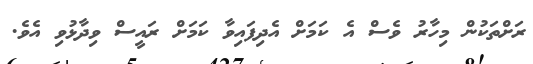
ރަށްތަކުން މިހާރު ވެސް އެ ކަމަށް އެދިފައިވާ ކަމަށް ރައީސް ވިދާޅުވި އެވެ.